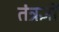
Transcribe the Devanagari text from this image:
तंत्रज्ञों